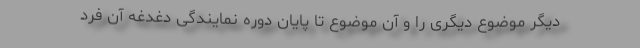
دیگر موضوع دیگری را و آن موضوع تا پایان دوره نمایندگی دغدغه آن فرد